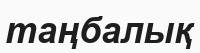
таңбалық